Children and Young Persons (Scotland) Act, 1932. Employment of children, 1932
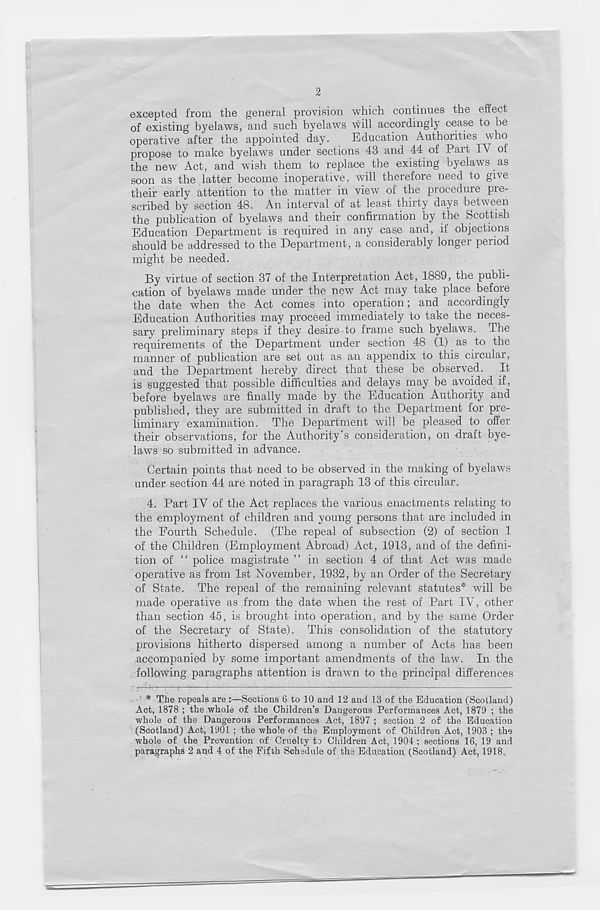
9
excepted from the general provision which continues the effect
of existing byelaws, and such byelaws will accordingly cease to be
operative after the appointed day.
Education ^Authorities who
propose to make byelaws under sections 43 and 44 of Part I\ of
the new Act, and wish them to replace the existing byelaws as
soon as the latter become inoperative, will therefore need to give
their early attention to the matter in view of the procedure pre-
scribed by section 48. An interval of at least thirty days between
the publication of byelaws and their confirmation by the Scottish
Education Department is required in any case and, if objections
should be addressed to the Department, a considerably longer period
might be needed.
By virtue of section 37 of the Interpretation Act, 1889, the publi-
cation of byelaws made under the new Act may take place before
the date when the Act comes into operation; and accordingly
Education Authorities may proceed immediately to take the neces-
sary preliminary steps if they desire to frame such byelaws. The
requirements of the Department under section 48 (1) as to the
manner of publication are set out as an appendix to this circular,
and the Department hereby direct that these be observed. It
is suggested that possible difficulties and delays may be avoided if,
before byelaws are finally made by the Education Authority and
published, they are submitted in draft to the Department for pre-
liminary examination. The Department will be pleased to offer
their observations, for the Authority's consideration, on draft bye-
laws so submitted in advance.
Certain points that need to be observed in the making of byelaws
under section 44 are noted in paragraph 13 of this circular.
4. Part IV of the Act replaces the various enactments relating to
the employment of children and young persons that are included in
the Fourth Schedule. (The repeal of subsection (2) of section 1
of the Children (Employment Abroad) Act, 1913, and of the defini-
tion of “ police magistrate ” in section 4 of that Act was made
operative as from 1st November, 1932, by an Order of the Secretary
of State. The repeal of the remaining relevant statutes* will he
made operative as from the date when the rest of Part IV, other
than section 45, is brought into operation, and by the same Order
of the Secretary of State). This consolidation of the statutory
provisions hitherto dispersed among a number of Acts has been
accompanied by some important amendments of the law. In the
following paragraphs attention is drawn to the principal differences
* The repeals are :—Sections 6 to 10 and 12 and 13 of the Education (Scotland)
Act, 1878 ; the whole of the Children’s Dangerous Performances Act, 1879 ; the
whole of the Dangerous Performances Act, 1897 ; section 2 of the Education
(Scotland) Act, 1901 ; the whole of the Employment of Children Act, 1903 ; the
whole of the Prevention of Cruelty to Children Act, 1904 ; sections 16, 19 and
paragraphs 2 aqd 4 of the Fifth Schedule of the Education (Scotland) Act, 1918.